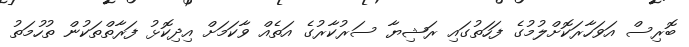
ބޮރިސް އަވަހާރަކޮށްލުމުގެ ފަހަތުގައި ރަޝިޔާ ސަރުކާރުގެ އަތެއް ވާކަމަށް އިދިކޮޅު ފަރާތްތަކުން ތުހުމަތު